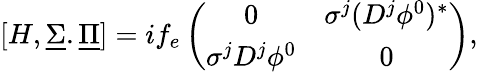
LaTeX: [H,\underline{{{\Sigma}}}.\underline{{{\Pi}}}]=if_{e}\left(\begin{array}{cc}{{0}}&{{\sigma^{j}(D^{j}\phi^{0})^{*}}}\\ {{\sigma^{j}D^{j}\phi^{0}}}&{{0}}\end{array}\right),